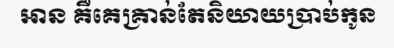
អាន គឺគេគ្រាន់តែនិយាយប្រាប់កូន